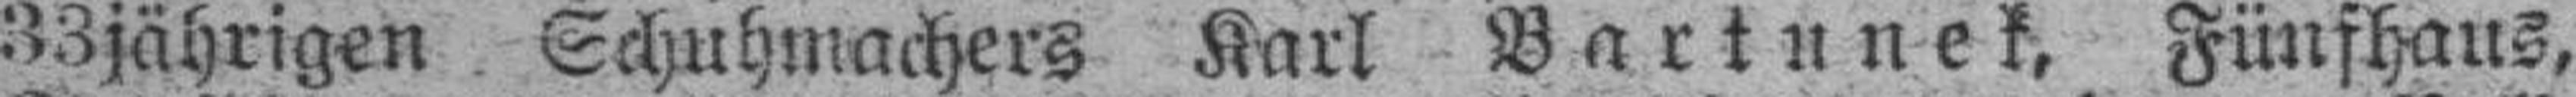
33jährigen Schuhmachers Karl Bartunek, Fünfhaus,